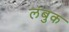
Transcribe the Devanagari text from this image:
लंबुक